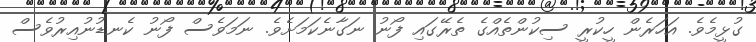
ގުޅީމެވެ. އަހަރެން ހީކުރީ ސިކުންތެއްގެ ތެރޭގައި ފޯނު ނަގާނެކަމަށެވެ. ނަމަވެސް ފޯނު ކެނޑުނުއިރުވެސް